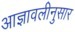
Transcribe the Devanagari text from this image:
आज्ञावलीनुसार